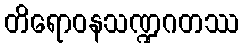
တိရောဝနသဏ္ဍဂတဿ